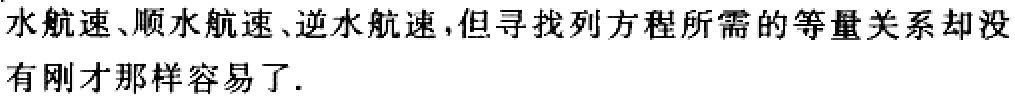
水航速、顺水航速、逆水航速,但寻找列方程所需的等量关系却没
有刚才那样容易了.